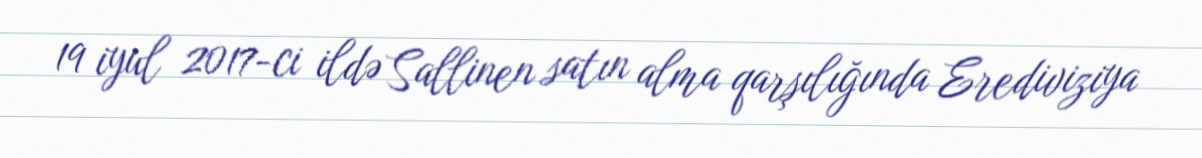
19 iyul 2017-ci ildə Sallinen satın alma qarşılığında Erediviziya